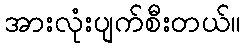
အားလုံးပျက်စီးတယ်။